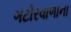
ગટોરવાળાના